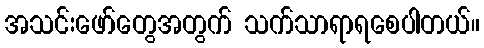
အသင်းဖော်တွေအတွက် သက်သာရာရစေပါတယ်။